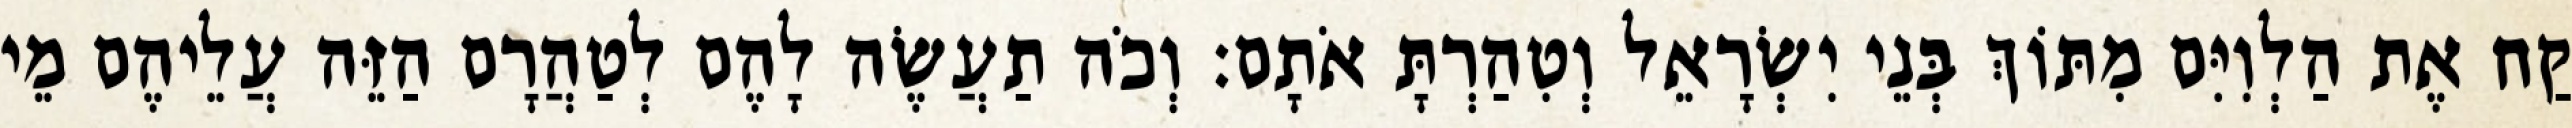
קַח אֶת הַלְוִיִּם מִתּוֹךְ בְּנֵי יִשְׂרָאֵל וְטִהַרְתָּ אֹתָם׃ וְכֹה תַעֲשֶׂה לָהֶם לְטַהֲרָם הַזֵּה עֲלֵיהֶם מֵי